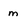
Character: m